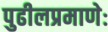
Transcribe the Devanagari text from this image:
पुढीलप्रमाणेः